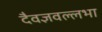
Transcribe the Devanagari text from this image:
दैवज्ञवल्लभा